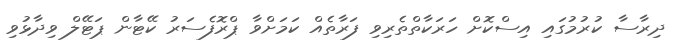
ދިރާސާ ކުރުމުގައި އިސްކޮށް ހަރަކާތްތެރިވި ފަރާތެއް ކަމަށްވާ ޕްރޮފެސަރު ކޭޓާން ޕަޓޭލް ވިދާޅުވި